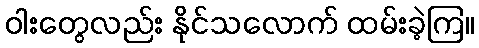
ဝါးတွေလည်း နိုင်သလောက် ထမ်းခဲ့ကြ။